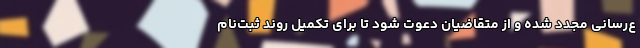
ع‌رسانی مجدد شده و از متقاضیان دعوت شود تا برای تکمیل روند ثبت‌نام